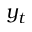
y _ { t }